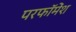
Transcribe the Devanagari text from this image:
परफॉमेंश